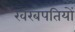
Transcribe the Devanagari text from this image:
खरबपतियों